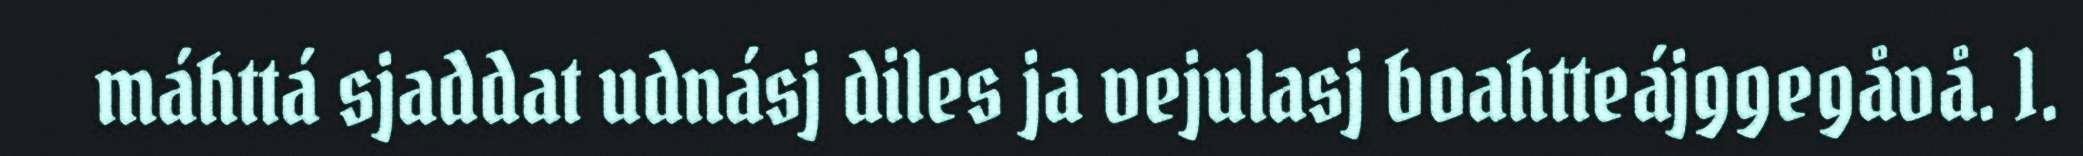
máhttá sjaddat udnásj diles ja vejulasj boahtteájggegåvå. 1.